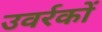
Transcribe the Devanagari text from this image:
उवर्रकों